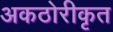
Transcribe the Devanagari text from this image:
अकठोरीकृत